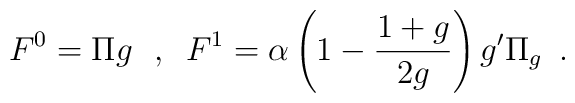
F^0=\Pi  g  \,\,\,\, , \,\,\, F^1= \alpha \left(1-\frac{1+g}{2g}\right) g' \Pi _g \,\,\, .